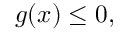
g ( x ) \leq 0 ,